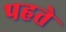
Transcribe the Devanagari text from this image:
पहते